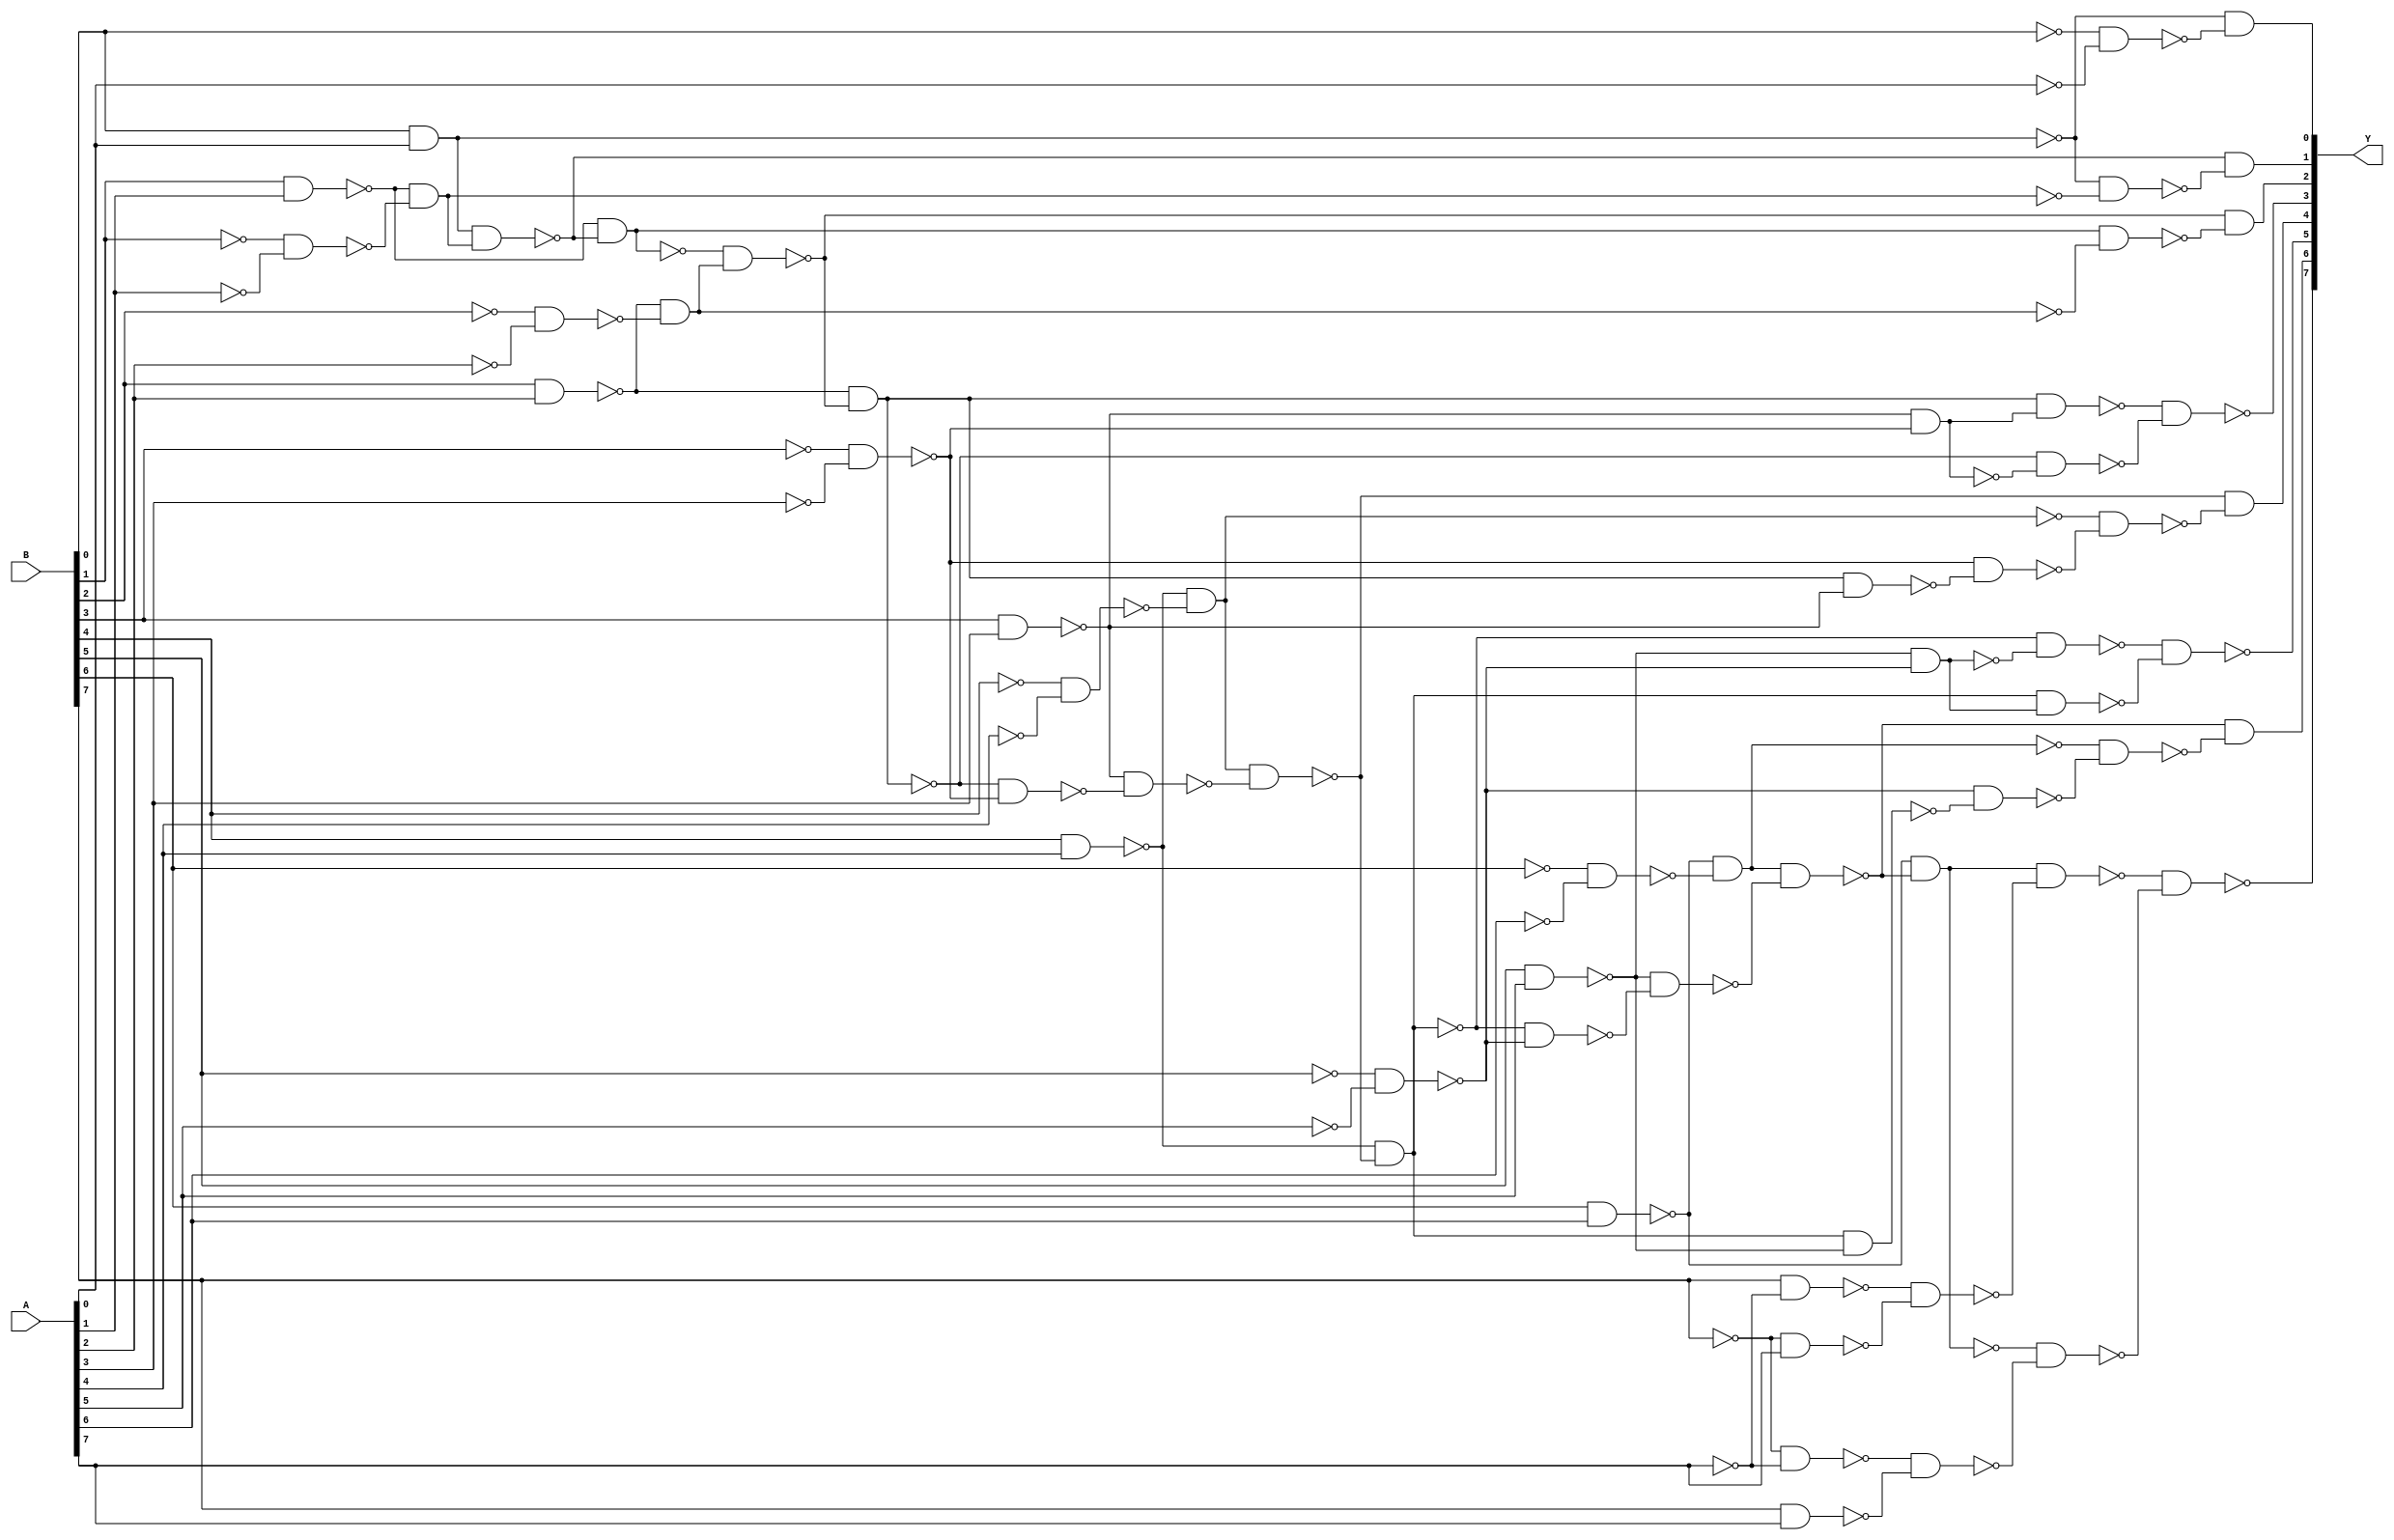
/* Generated by Yosys 0.28+1 (git sha1 a9c792dce, clang 10.0.0-4ubuntu1 -fPIC -Os) */

(* hdlname = "\\\\add_two_8bit_buses" *)
(* top =  1  *)
(* src = "add_two_8bit_buses.v:3.1-12.10" *)
module add_two_8bit_buses(A, B, Y);
  wire _000_;
  wire _001_;
  wire _002_;
  wire _003_;
  wire _004_;
  wire _005_;
  wire _006_;
  wire _007_;
  wire _008_;
  wire _009_;
  wire _010_;
  wire _011_;
  wire _012_;
  wire _013_;
  wire _014_;
  wire _015_;
  wire _016_;
  wire _017_;
  wire _018_;
  wire _019_;
  wire _020_;
  wire _021_;
  wire _022_;
  wire _023_;
  wire _024_;
  wire _025_;
  wire _026_;
  wire _027_;
  wire _028_;
  wire _029_;
  wire _030_;
  wire _031_;
  (* src = "add_two_8bit_buses.v:5.17-5.18" *)
  wire _032_;
  (* src = "add_two_8bit_buses.v:5.17-5.18" *)
  wire _033_;
  (* src = "add_two_8bit_buses.v:5.17-5.18" *)
  wire _034_;
  (* src = "add_two_8bit_buses.v:5.17-5.18" *)
  wire _035_;
  (* src = "add_two_8bit_buses.v:5.17-5.18" *)
  wire _036_;
  (* src = "add_two_8bit_buses.v:5.17-5.18" *)
  wire _037_;
  (* src = "add_two_8bit_buses.v:5.17-5.18" *)
  wire _038_;
  (* src = "add_two_8bit_buses.v:5.17-5.18" *)
  wire _039_;
  (* src = "add_two_8bit_buses.v:6.17-6.18" *)
  wire _040_;
  (* src = "add_two_8bit_buses.v:6.17-6.18" *)
  wire _041_;
  (* src = "add_two_8bit_buses.v:6.17-6.18" *)
  wire _042_;
  (* src = "add_two_8bit_buses.v:6.17-6.18" *)
  wire _043_;
  (* src = "add_two_8bit_buses.v:6.17-6.18" *)
  wire _044_;
  (* src = "add_two_8bit_buses.v:6.17-6.18" *)
  wire _045_;
  (* src = "add_two_8bit_buses.v:6.17-6.18" *)
  wire _046_;
  (* src = "add_two_8bit_buses.v:6.17-6.18" *)
  wire _047_;
  (* src = "add_two_8bit_buses.v:7.22-7.23" *)
  wire _048_;
  (* src = "add_two_8bit_buses.v:7.22-7.23" *)
  wire _049_;
  (* src = "add_two_8bit_buses.v:7.22-7.23" *)
  wire _050_;
  (* src = "add_two_8bit_buses.v:7.22-7.23" *)
  wire _051_;
  (* src = "add_two_8bit_buses.v:7.22-7.23" *)
  wire _052_;
  (* src = "add_two_8bit_buses.v:7.22-7.23" *)
  wire _053_;
  (* src = "add_two_8bit_buses.v:7.22-7.23" *)
  wire _054_;
  (* src = "add_two_8bit_buses.v:7.22-7.23" *)
  wire _055_;
  wire _056_;
  wire _057_;
  wire _058_;
  wire _059_;
  wire _060_;
  wire _061_;
  wire _062_;
  wire _063_;
  wire _064_;
  wire _065_;
  wire _066_;
  wire _067_;
  wire _068_;
  wire _069_;
  wire _070_;
  wire _071_;
  wire _072_;
  wire _073_;
  wire _074_;
  wire _075_;
  wire _076_;
  wire _077_;
  wire _078_;
  wire _079_;
  wire _080_;
  wire _081_;
  wire _082_;
  wire _083_;
  wire _084_;
  wire _085_;
  wire _086_;
  wire _087_;
  wire _088_;
  wire _089_;
  wire _090_;
  wire _091_;
  wire _092_;
  wire _093_;
  wire _094_;
  wire _095_;
  wire _096_;
  wire _097_;
  wire _098_;
  wire _099_;
  wire _100_;
  wire _101_;
  wire _102_;
  wire _103_;
  wire _104_;
  wire _105_;
  wire _106_;
  wire _107_;
  wire _108_;
  wire _109_;
  wire _110_;
  wire _111_;
  wire _112_;
  wire _113_;
  wire _114_;
  wire _115_;
  wire _116_;
  wire _117_;
  wire _118_;
  wire _119_;
  wire _120_;
  wire _121_;
  wire _122_;
  wire _123_;
  wire _124_;
  wire _125_;
  wire _126_;
  wire _127_;
  wire _128_;
  wire _129_;
  wire _130_;
  wire _131_;
  wire _132_;
  wire _133_;
  wire _134_;
  wire _135_;
  wire _136_;
  wire _137_;
  wire _138_;
  wire _139_;
  (* src = "add_two_8bit_buses.v:5.17-5.18" *)
  input [7:0] A;
  wire [7:0] A;
  (* src = "add_two_8bit_buses.v:6.17-6.18" *)
  input [7:0] B;
  wire [7:0] B;
  (* src = "add_two_8bit_buses.v:7.22-7.23" *)
  output [7:0] Y;
  wire [7:0] Y;
  assign _070_ = ~_041_;
  assign _071_ = ~_033_;
  assign _072_ = ~_040_;
  assign _073_ = ~_032_;
  assign _074_ = ~_042_;
  assign _075_ = ~_034_;
  assign _076_ = ~_043_;
  assign _077_ = ~_035_;
  assign _078_ = ~_044_;
  assign _079_ = ~_036_;
  assign _080_ = ~_045_;
  assign _081_ = ~_037_;
  assign _082_ = ~_046_;
  assign _083_ = ~_038_;
  assign _084_ = ~_047_;
  assign _085_ = ~_039_;
  assign _086_ = ~(_040_ & _032_);
  assign _087_ = ~_086_;
  assign _088_ = ~(_041_ & _033_);
  assign _089_ = ~(_070_ & _071_);
  assign _090_ = ~(_088_ & _089_);
  assign _091_ = ~_090_;
  assign _092_ = ~(_087_ & _091_);
  assign _093_ = ~(_086_ & _090_);
  assign _094_ = ~(_092_ & _093_);
  assign _049_ = ~_094_;
  assign _095_ = ~(_088_ & _092_);
  assign _096_ = ~_095_;
  assign _097_ = ~(_042_ & _034_);
  assign _098_ = ~(_074_ & _075_);
  assign _099_ = ~(_097_ & _098_);
  assign _100_ = ~_099_;
  assign _101_ = ~(_095_ & _100_);
  assign _102_ = ~(_096_ & _099_);
  assign _103_ = ~(_101_ & _102_);
  assign _050_ = ~_103_;
  assign _104_ = ~(_097_ & _101_);
  assign _105_ = ~_104_;
  assign _106_ = ~(_043_ & _035_);
  assign _107_ = ~(_076_ & _077_);
  assign _108_ = ~(_106_ & _107_);
  assign _109_ = ~_108_;
  assign _110_ = ~(_105_ & _109_);
  assign _111_ = ~(_104_ & _108_);
  assign _051_ = ~(_110_ & _111_);
  assign _112_ = ~(_044_ & _036_);
  assign _113_ = ~(_078_ & _079_);
  assign _114_ = ~(_112_ & _113_);
  assign _115_ = ~_114_;
  assign _116_ = ~(_104_ & _107_);
  assign _117_ = ~(_105_ & _106_);
  assign _118_ = ~(_107_ & _117_);
  assign _119_ = ~(_106_ & _116_);
  assign _120_ = ~(_115_ & _119_);
  assign _121_ = ~(_114_ & _118_);
  assign _122_ = ~(_120_ & _121_);
  assign _052_ = ~_122_;
  assign _123_ = ~(_112_ & _120_);
  assign _124_ = ~_123_;
  assign _125_ = ~(_045_ & _037_);
  assign _126_ = ~(_080_ & _081_);
  assign _127_ = ~(_125_ & _126_);
  assign _128_ = ~_127_;
  assign _129_ = ~(_123_ & _127_);
  assign _130_ = ~(_124_ & _128_);
  assign _053_ = ~(_129_ & _130_);
  assign _131_ = ~(_046_ & _038_);
  assign _132_ = ~(_082_ & _083_);
  assign _133_ = ~(_131_ & _132_);
  assign _134_ = ~_133_;
  assign _135_ = ~(_123_ & _126_);
  assign _136_ = ~(_124_ & _125_);
  assign _137_ = ~(_126_ & _136_);
  assign _138_ = ~(_125_ & _135_);
  assign _139_ = ~(_134_ & _138_);
  assign _056_ = ~(_133_ & _137_);
  assign _057_ = ~(_139_ & _056_);
  assign _054_ = ~_057_;
  assign _058_ = ~(_131_ & _139_);
  assign _059_ = ~_058_;
  assign _060_ = ~(_084_ & _085_);
  assign _061_ = ~(_047_ & _039_);
  assign _062_ = ~(_047_ & _085_);
  assign _063_ = ~(_084_ & _039_);
  assign _064_ = ~(_062_ & _063_);
  assign _065_ = ~(_060_ & _061_);
  assign _066_ = ~(_059_ & _064_);
  assign _067_ = ~(_058_ & _065_);
  assign _055_ = ~(_066_ & _067_);
  assign _068_ = ~(_072_ & _073_);
  assign _069_ = ~(_086_ & _068_);
  assign _048_ = ~_069_;
  assign _041_ = B[1];
  assign _033_ = A[1];
  assign _040_ = B[0];
  assign _032_ = A[0];
  assign Y[1] = _049_;
  assign _042_ = B[2];
  assign _034_ = A[2];
  assign Y[2] = _050_;
  assign _043_ = B[3];
  assign _035_ = A[3];
  assign Y[3] = _051_;
  assign _044_ = B[4];
  assign _036_ = A[4];
  assign Y[4] = _052_;
  assign _045_ = B[5];
  assign _037_ = A[5];
  assign Y[5] = _053_;
  assign _046_ = B[6];
  assign _038_ = A[6];
  assign Y[6] = _054_;
  assign _047_ = B[7];
  assign _039_ = A[7];
  assign Y[7] = _055_;
  assign Y[0] = _048_;
endmodule